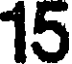
15